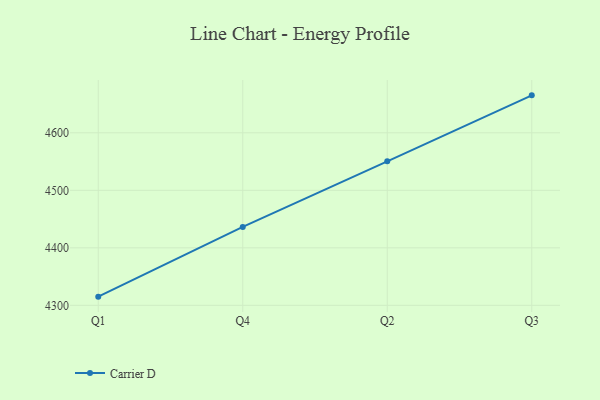
{"axis": {"x": "Quarter", "y": "Market Share (%)"}, "legend": ["Carrier D"], "data": [{"x": "Q1", "y": 4315.1, "type": "Carrier D"}, {"x": "Q4", "y": 4436.3, "type": "Carrier D"}, {"x": "Q2", "y": 4550.4, "type": "Carrier D"}, {"x": "Q3", "y": 4665.1, "type": "Carrier D"}]}